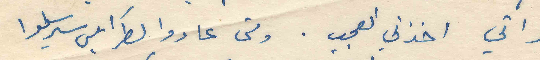
ذاتي اخذني العجب . ومتى عادوا لطرابلس سيرسلوا